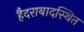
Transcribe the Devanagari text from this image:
हैदराबादस्थित